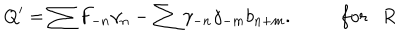
LaTeX: Q ^ { \prime } = \sum F _ { - n } \gamma _ { n } - \sum \gamma _ { - n } \gamma _ { - m } b _ { n + m } . ~ f o r R